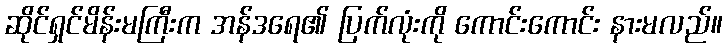
ဆိုင်ရှင်မိန်းမကြီးက အန်ဒရေ၏ ပြက်လုံးကို ကောင်းကောင်း နားမလည်။